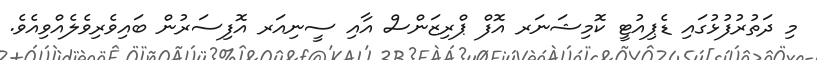
މި ދަތުރުފުޅުގައި ޑެޕިއުޓީ ކޮމިޝަނަރ އޮފް ޕްރިޒަންސް އާއި ސީނިއަރ އޮފިސަރުން ބައިވެރިވެލެއްވިއެވެ.